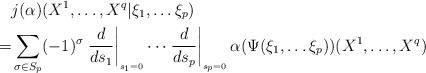
\begin{align*} &j(\alpha)(X^1,\dots, X^q \vert \xi_1,\dots \xi_p) \\ =&\sum_{\sigma \in S_{p}} (-1)^{\sigma} \left.\frac{d}{ds_1}\right|_{_{s_1=0}} \cdots \left.\frac{d}{ds_p}\right|_{_{s_p=0}} \alpha(\Psi(\xi_1,\dots \xi_p))(X^1,\dots, X^q)\end{align*}